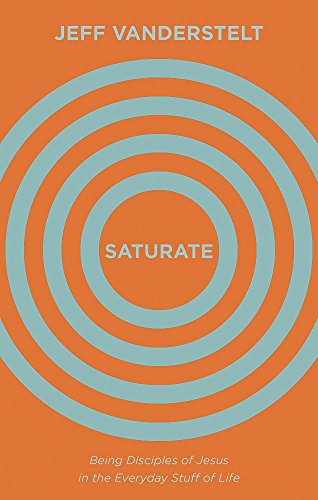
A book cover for Saturate: Being Disciples of Jesus in the Everyday Stuff of Life; Jeff Vanderstelt; Christian Books & Bibles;